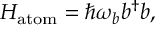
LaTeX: H _ { \mathrm { a t o m } } = \hbar \omega _ { b } b ^ { \dagger } b ,